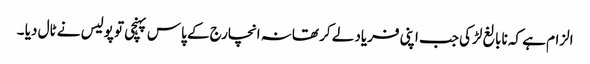
الزام ہے کہ نابالغ لڑکی جب اپنی فریاد لے کر تھانہ انچارج کے پاس پہنچی تو پولیس نے ٹال دیا ۔